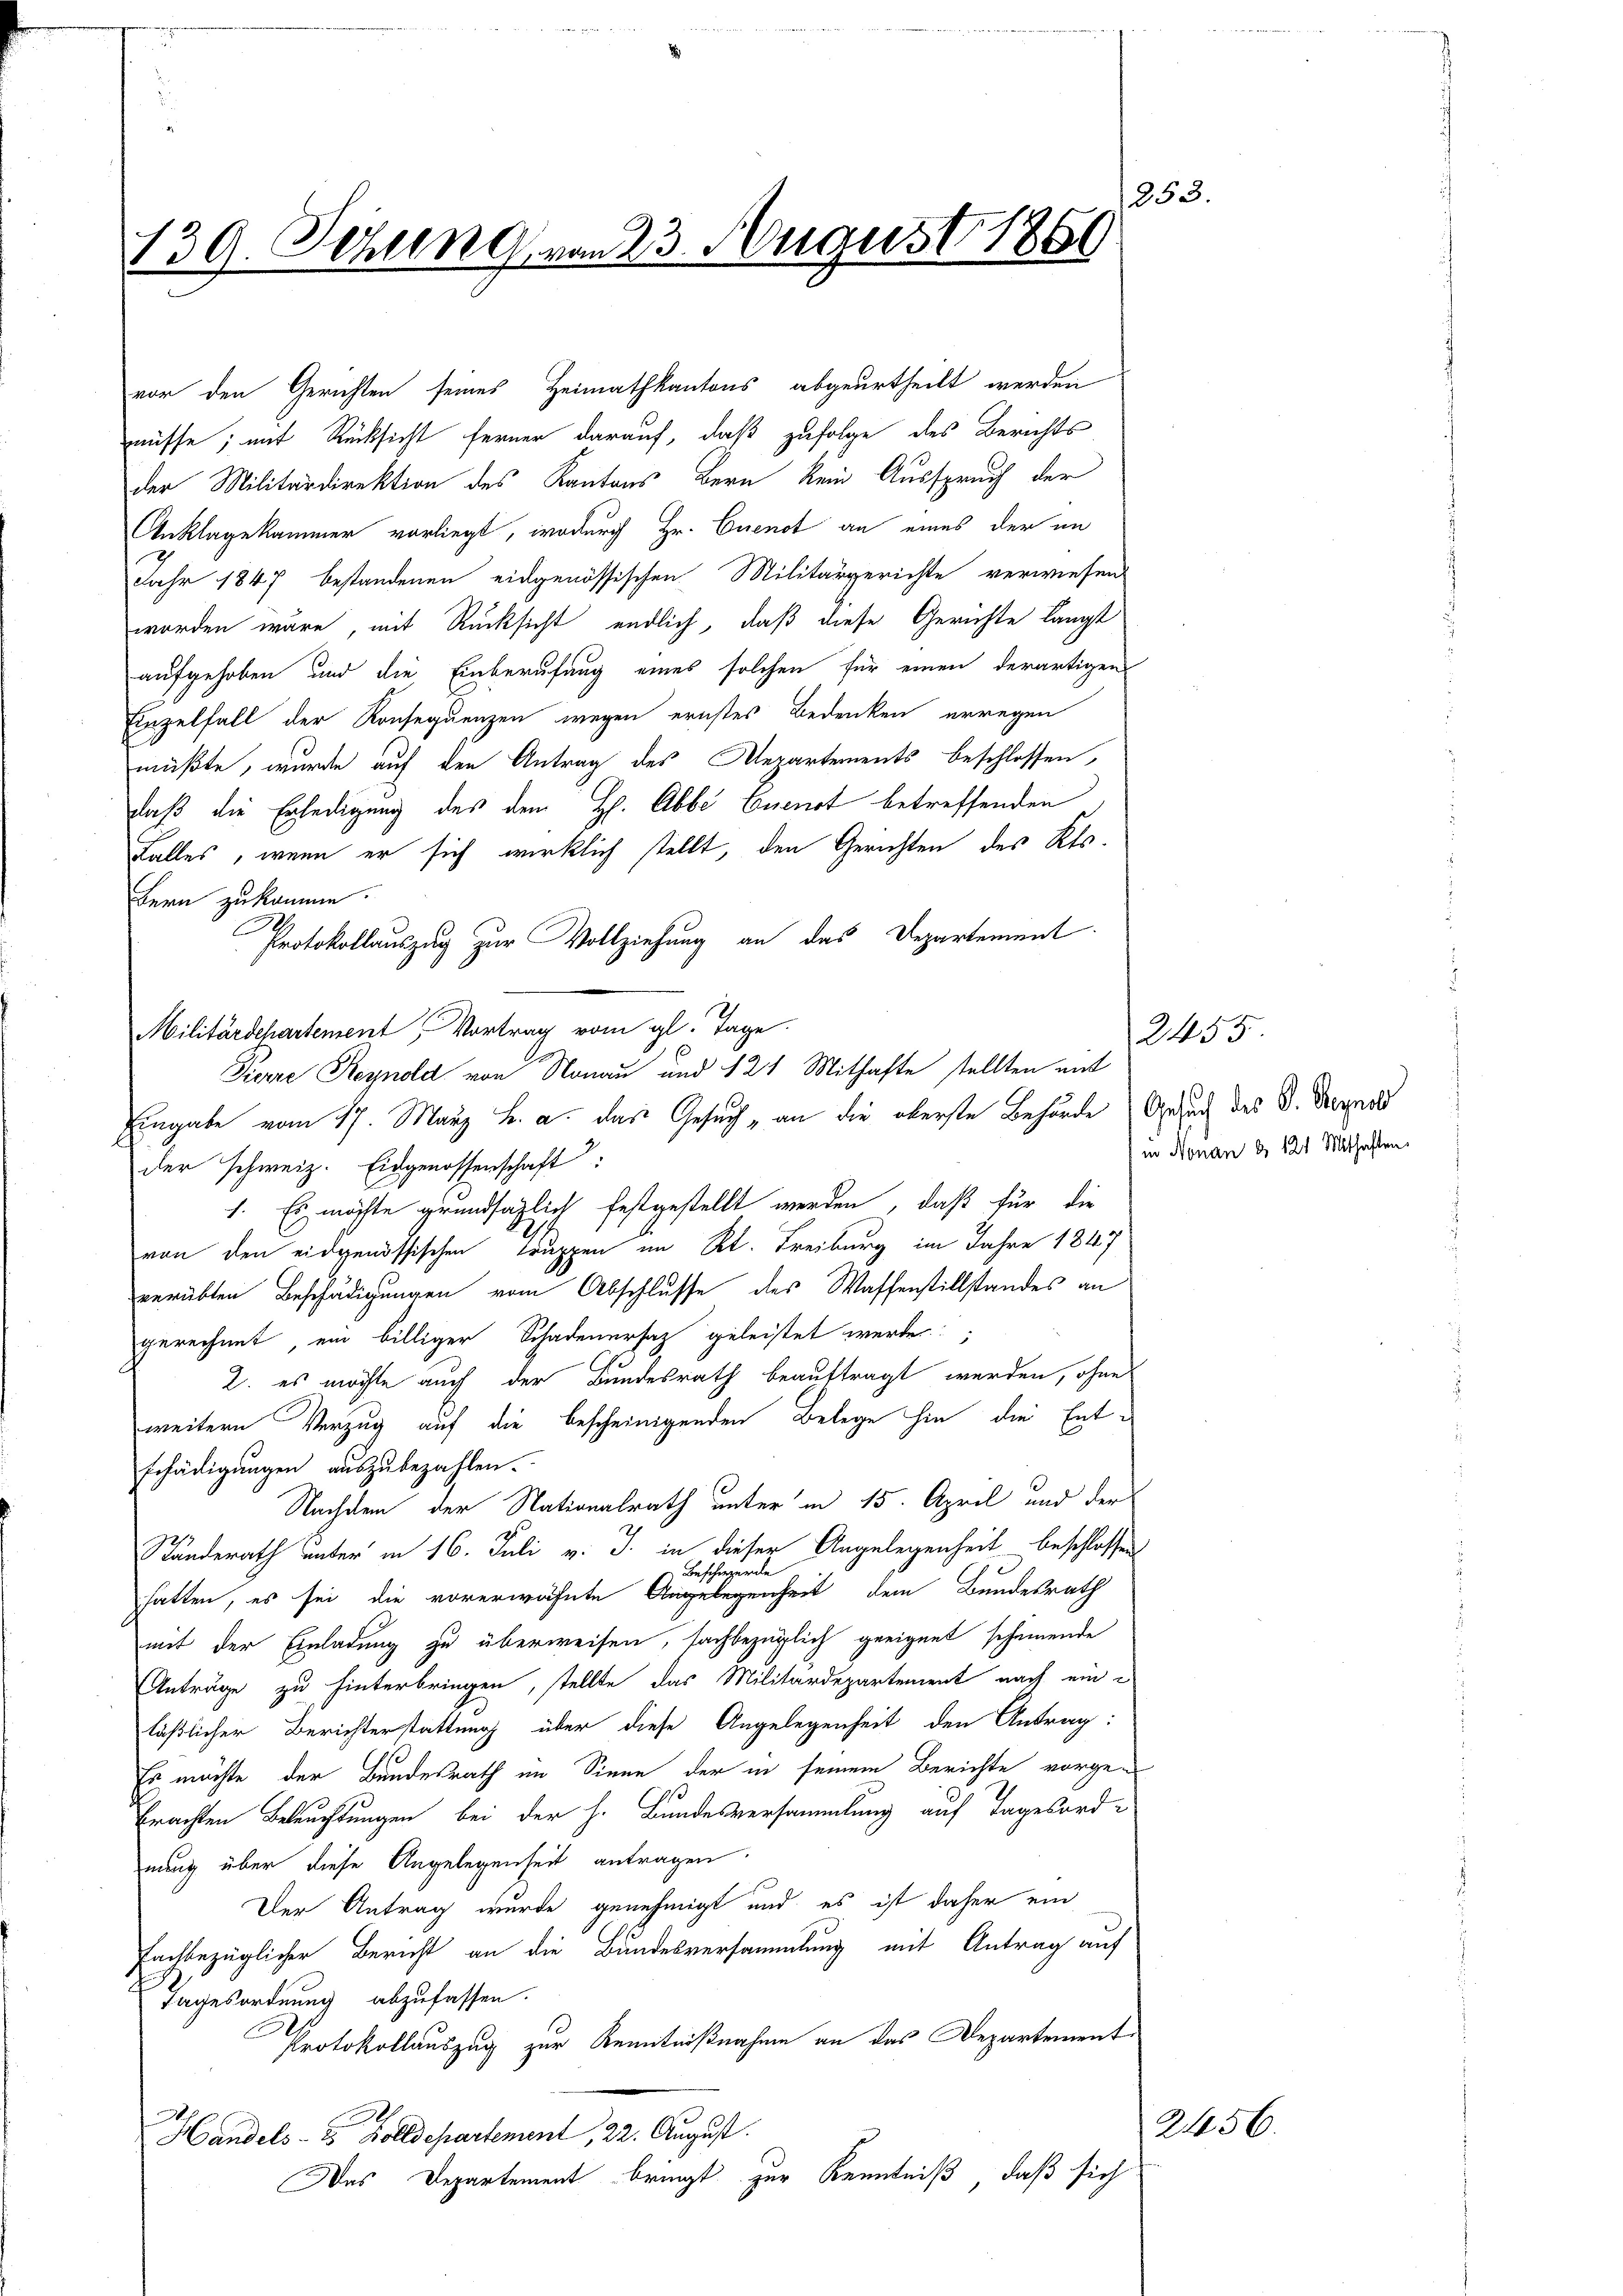
1253
139. Sehling vom 23. August 1889

vor den Gerichten seines Heimathkantons abgeurtheilt werden
müsse; mit Rücksicht ferner darauf, daß zufolge des Berichts
der Militärdirektion des Kantons Bern kein Ausspruch der
Anklagekammer vorliegt, wodurch Hr. Cuenot an eines der im
Jahr 1847 bestandenen eidgenössischen Militärgerichte verwiesen
worden wäre, mit Rücksicht endlich, daß diese Gerichte langt
aufgehoben und die Einberufung eines solchen für einen derartigen
Unzelfall der Konsequenzen wegen ernstes Bedenken erwegen
müßte, wurde auf den Antrag des Repartements beschlossen,
daß die Erledigung des dem H. Abbe Euenot betreffenden
Falles, wenn er sich wirklich stellt, den Gerichten des Kts.
Bern zukomme.
Protokollauszug zur Vollziehung an das Departement
Militärschartement Vortrag vom gl. Tage.
Pierre Reynold von Monau und 124 Mithafte stellten mit
Angabe vom 17. März B. a. das Gesuch, an die oberste Behande Gesuch des V. Dergess
der schweiz. Eidgenossenschaft:
1. Es möchte grundsätzlich festgestellt werden, daß für die
von den eidgenössischen Truppen im Rt. Freiburg im Jahre 1847
verübten Beschädigungen vom Abschlusse des Waffenstillstandes an
gerechnet, ein billiger Schadenersatz geleistet werde.
2. es möchte auch der Bundesrath beauftragt werden, ohne
weitern Verzug auf die bescheinigenden Belege hin die Entschädigungen auszubezahlen.
Nachdem der Nationalrath unter in 15. April und der
Ständerath unter in 16. Juli v. J. in dieser Angelegenheit beschlossen
e
g
Besi
hatten, es sei die vorerwähnte Angelegenheit dem Bundesrath
mit der Einladung zu überweisen, sachbezüglich geeignet scheinende
Anträge zu hinterbringen, stellte das Militärdepartement nach ein
läßlicher Berichterstattung über diese Angelegenheit den Antrag:
Es möchte der Bundesrath im Sinne der in seinem Berichte vorge¬
Erachten Beleuchtungen bei der h. Bundesversammlung auf Tagesordnung über diese Angelegenheit antragen.
Der Antrag wurde genehmigt und es ist daher ein
fachbezüglicher Bericht an die Bundesversammlung mit Antrag auf
Tagesordnung abzufassen.
Protokollauszug zur Kenntnißnahme an das Departement¬
Handels- & Zolldepartement, 22. August.
Das Departement bringt zur Kenntniß, daß sich

2455
in Nonan § 121 Mithaften

2456.